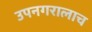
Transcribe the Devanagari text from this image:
उपनगरालाच